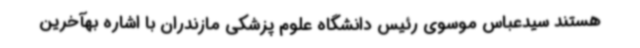
هستند سیدعباس موسوی رئیس دانشگاه علوم پزشکی مازندران با اشاره بهآخرین